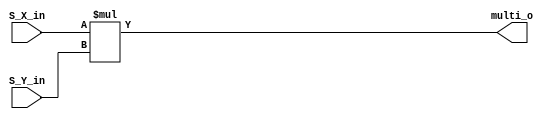
/******************************************************************
*Module name : multi
*Type        : Verilog Module
*
*Description : Multiplication block (combinational logic) 
*------------------------------------------------------------------
*	clocks    : posedge clock "clk"
*	reset		 : sync rstn
* 
*Parameters  : none
*
******************************************************************/

module multi(
	input [7:0] S_X_in,
	input [7:0] S_Y_in,
	
	output [15:0] multi_o);
	
	assign multi_o = S_X_in*S_Y_in;
	

endmodule